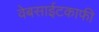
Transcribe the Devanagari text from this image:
वेबसाईटकाफी